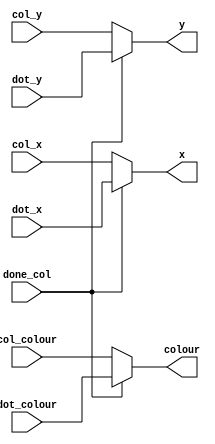
module vga_input_choice(done_col, col_x, col_y, col_colour, dot_x, dot_y, dot_colour, x, y, colour);
	input done_col;
	input [7:0] col_x, dot_x;
	input [6:0] col_y, dot_y;
	input [2:0] dot_colour, col_colour;
	output reg [7:0] x;
	output reg [6:0] y;
	output reg [2:0] colour;
	
	always @(*)
	begin
		if (!done_col) begin
			// if columns are still being drawn make vga take columns input
			x = col_x;
			y = col_y;
			colour = col_colour;
			end
		else begin
			// else make it take input from the dot
			x = dot_x;
			y = dot_y;
			colour = dot_colour;
			end
	end
endmodule